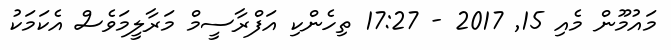
މައުމޫން މެއި 15